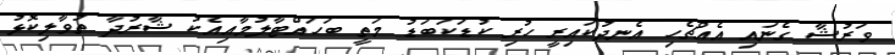
ވަރުޝާ ގެނައި އެއްޗެހި އެނދުކައިރީ ހުރި ކުޑަކަބަޑު މަތީ ބަހައްޓާލުމާއިއެކު ޝާރުދާ ތުވާލިކޮޅު